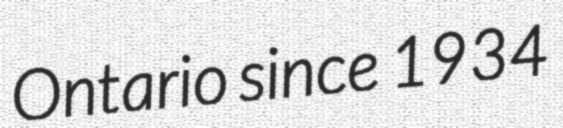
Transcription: Ontario since 1934